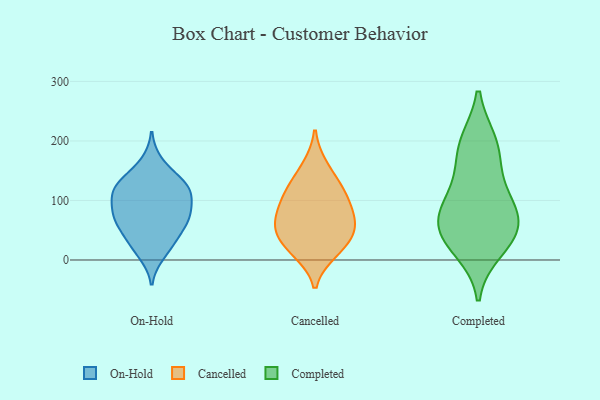
{"axis": {"x": "Waste Production (Tons)", "y": "Value"}, "legend": ["Cancelled", "Completed", "On-Hold"], "data": [{"x": "", "y": 76, "type": "On-Hold"}, {"x": "", "y": 69, "type": "On-Hold"}, {"x": "", "y": 28, "type": "On-Hold"}, {"x": "", "y": 85, "type": "On-Hold"}, {"x": "", "y": 11, "type": "On-Hold"}, {"x": "", "y": 59, "type": "On-Hold"}, {"x": "", "y": 112, "type": "On-Hold"}, {"x": "", "y": 116, "type": "On-Hold"}, {"x": "", "y": 124, "type": "On-Hold"}, {"x": "", "y": 30, "type": "On-Hold"}, {"x": "", "y": 163, "type": "On-Hold"}, {"x": "", "y": 114, "type": "On-Hold"}, {"x": "", "y": 134, "type": "On-Hold"}, {"x": "", "y": 80, "type": "On-Hold"}, {"x": "", "y": 61, "type": "On-Hold"}, {"x": "", "y": 125, "type": "On-Hold"}, {"x": "", "y": 50, "type": "Cancelled"}, {"x": "", "y": 76, "type": "Cancelled"}, {"x": "", "y": 123, "type": "Cancelled"}, {"x": "", "y": 104, "type": "Cancelled"}, {"x": "", "y": 19, "type": "Cancelled"}, {"x": "", "y": 58, "type": "Cancelled"}, {"x": "", "y": 114, "type": "Cancelled"}, {"x": "", "y": 39, "type": "Cancelled"}, {"x": "", "y": 158, "type": "Cancelled"}, {"x": "", "y": 73, "type": "Cancelled"}, {"x": "", "y": 13, "type": "Cancelled"}, {"x": "", "y": 46, "type": "Completed"}, {"x": "", "y": 195, "type": "Completed"}, {"x": "", "y": 153, "type": "Completed"}, {"x": "", "y": 41, "type": "Completed"}, {"x": "", "y": 83, "type": "Completed"}, {"x": "", "y": 197, "type": "Completed"}, {"x": "", "y": 52, "type": "Completed"}, {"x": "", "y": 18, "type": "Completed"}, {"x": "", "y": 105, "type": "Completed"}, {"x": "", "y": 84, "type": "Completed"}]}